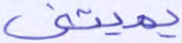
يميتني